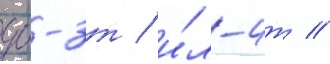
дб-3т / и́л-4т /